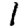
Digit: 1